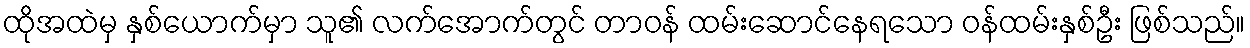
ထိုအထဲမှ နှစ်ယောက်မှာ သူ၏ လက်အောက်တွင် တာဝန် ထမ်းဆောင်နေရသော ဝန်ထမ်းနှစ်ဦး ဖြစ်သည်။